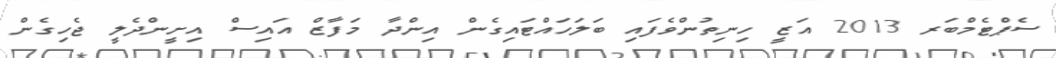
ސެޕްޓެމްބަރ 2013 އަޒީ ހިނިތުންވެފައި ބަލަހައްޓައިގެން އިންދާ މަފާޒް އައިސް އިށީންދެލީ ޖެހިގެން